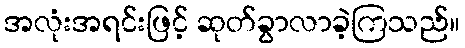
အလုံးအရင်းဖြင့် ဆုတ်ခွာလာခဲ့ကြသည်။